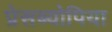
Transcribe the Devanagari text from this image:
प्रेसब्योपिया